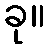
ခု။